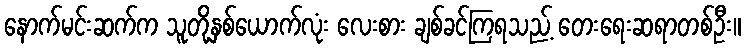
နောက်မင်းဆက်က သူတို့နှစ်ယောက်လုံး လေးစား ချစ်ခင်ကြရသည့် တေးရေးဆရာတစ်ဦး။